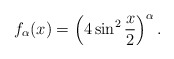
\begin{align*}f_\alpha(x)=\left(4\sin^2\frac{x}{2}\right)^\alpha.\end{align*}